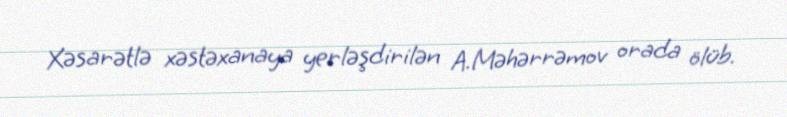
Xəsarətlə xəstəxanaya yerləşdirilən A.Məhərrəmov orada ölüb.